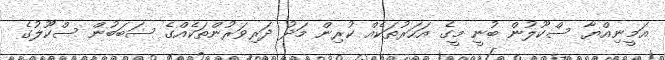
އަމީނިއްޔާ ސްކޫލުން ބުނީ މީގެ އަހަރުތަކެއް ކުރިން މަދު ދަރިވަރުންތަކެއްގެ ސަބަބުން ސްކޫލުގެ